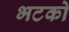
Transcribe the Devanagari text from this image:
भटको